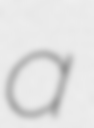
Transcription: a